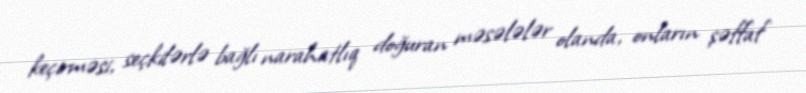
keçirməsi, seçkilərlə bağlı narahatlıq doğuran məsələlər olanda, onların şəffaf